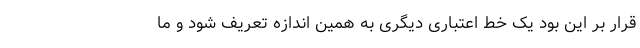
قرار بر این بود یک خط اعتباری دیگری به همین اندازه تعریف شود و ما